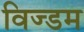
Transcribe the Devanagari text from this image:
विज्डम